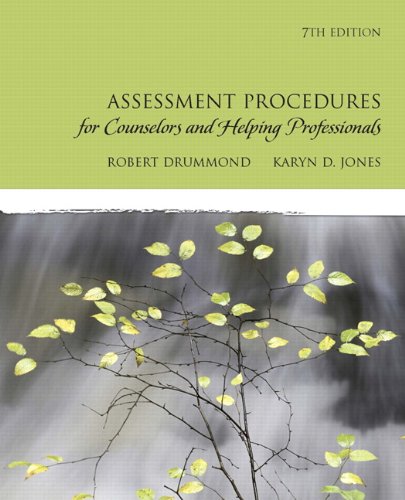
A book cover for Assessment Procedures for Counselors and Helping Professionals (7th Edition); Robert J. Drummond; Education & Teaching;